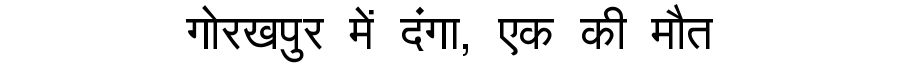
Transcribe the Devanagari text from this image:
गोरखपुर में दंगा, एक की मौत